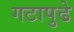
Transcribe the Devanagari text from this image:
गटापुढे